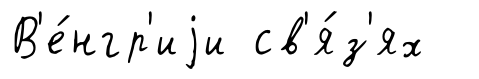
В'е́нгр'иjи св'я́з'ях